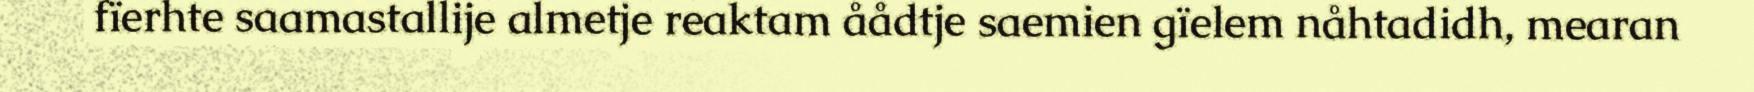
fïerhte saamastallije almetje reaktam åådtje saemien gïelem nåhtadidh, mearan